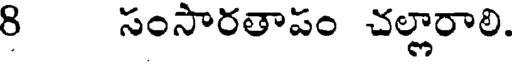
8 సంసారతాపం చల్లారాలి.